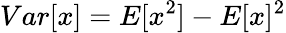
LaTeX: {Var}[x]={E}[x^{2}]-{E}[x]^{2}